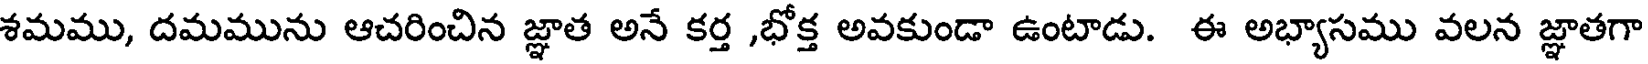
శమము, దమమును ఆచరించిన జ్ఞాత అనే కర్త ,భోక్త అవకుండా ఉంటాడు. ఈ అభ్యాసము వలన జ్ఞాతగా